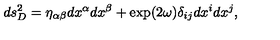
d s _ { D } ^ { 2 } = \eta _ { \alpha \beta } d x ^ { \alpha } d x ^ { \beta } + \exp ( 2 \omega ) \delta _ { i j } d x ^ { i } d x ^ { j } ,